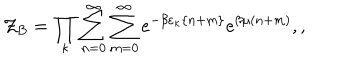
{ \cal Z } _ { B } = \prod _ { \kappa } \sum _ { n = 0 } ^ { \infty } \sum _ { m = 0 } ^ { \infty } e ^ { - \beta \varepsilon _ { \kappa } \{ n + m \} } e ^ { \beta \mu ( n + m ) } , ,